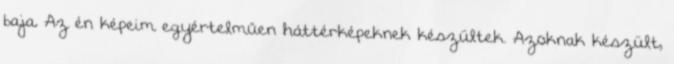
baja. Az én képeim egyértelműen háttérképeknek készültek. Azoknak készült,